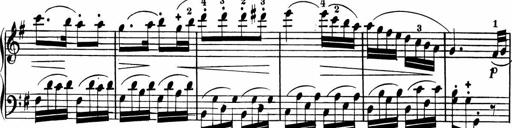
Title: Rosen ohne Dornen
Composer: Gustav Lange